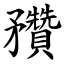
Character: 䂎